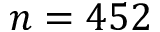
n = 4 5 2